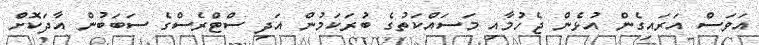
އަވަސް އަރައިގެން އުޅެން ޖެހުމާއި މަސައްކަތުގެ ބުރަކަމުން އަދި ސްޓްރެސްގެ ސަބަބުން އާދަކޮށް